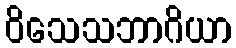
ဝိသေသဘာဂိယာ